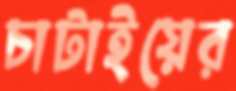
চাটাইয়ের